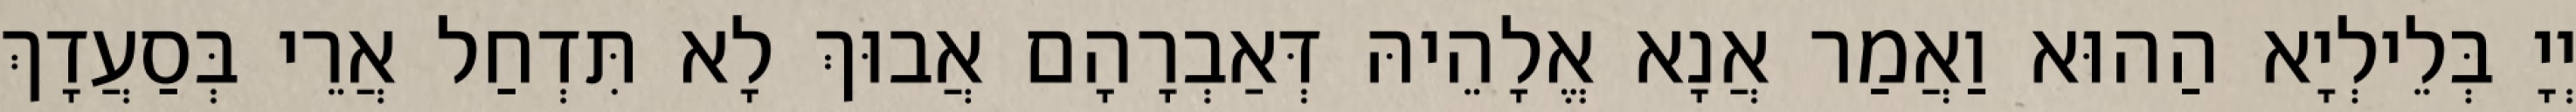
יְיָ בְּלֵילְיָא הַהוּא וַאֲמַר אֲנָא אֱלָהֵיהּ דְּאַבְרָהָם אֲבוּךְ לָא תִּדְחַל אֲרֵי בְּסַעֲדָךְ